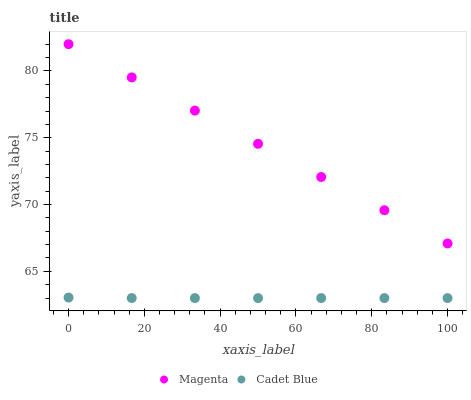
| xaxis_label | Magenta | Cadet Blue |
 | --- | --- | --- |
 | 0 | 82 | 63 |
 | 16.7 | 79.5 | 63 |
 | 33.3 | 77 | 63 |
 | 50 | 74.5 | 63 |
 | 66.7 | 72.1 | 63 |
 | 83.3 | 69.6 | 63 |
 | 100 | 67.1 | 63 |